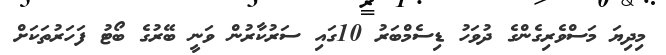
މިދިޔަ މަސްވެރިގެންގެ ދުވަހު ޑިސެމްބަރު 10ގައި ސަރުކާރުން ވަނީ ބޭރުގެ ބޯޓު ފަހަރުތަކަށް